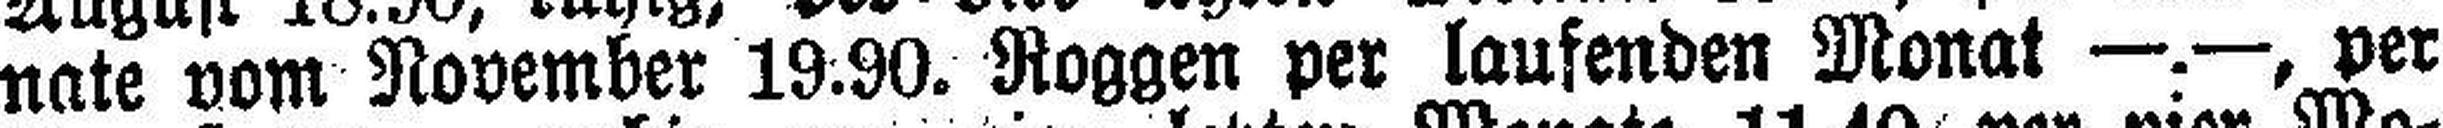
nate vom November 19.90. Roggen per laufenden Monat —.—, per